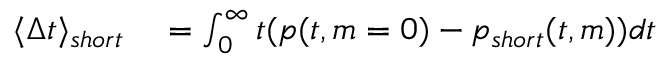
\begin{array} { r l } { \langle \Delta t \rangle _ { s h o r t } } & { { } = \int _ { 0 } ^ { \infty } t ( p ( t , m = 0 ) - p _ { s h o r t } ( t , m ) ) d t } \end{array}